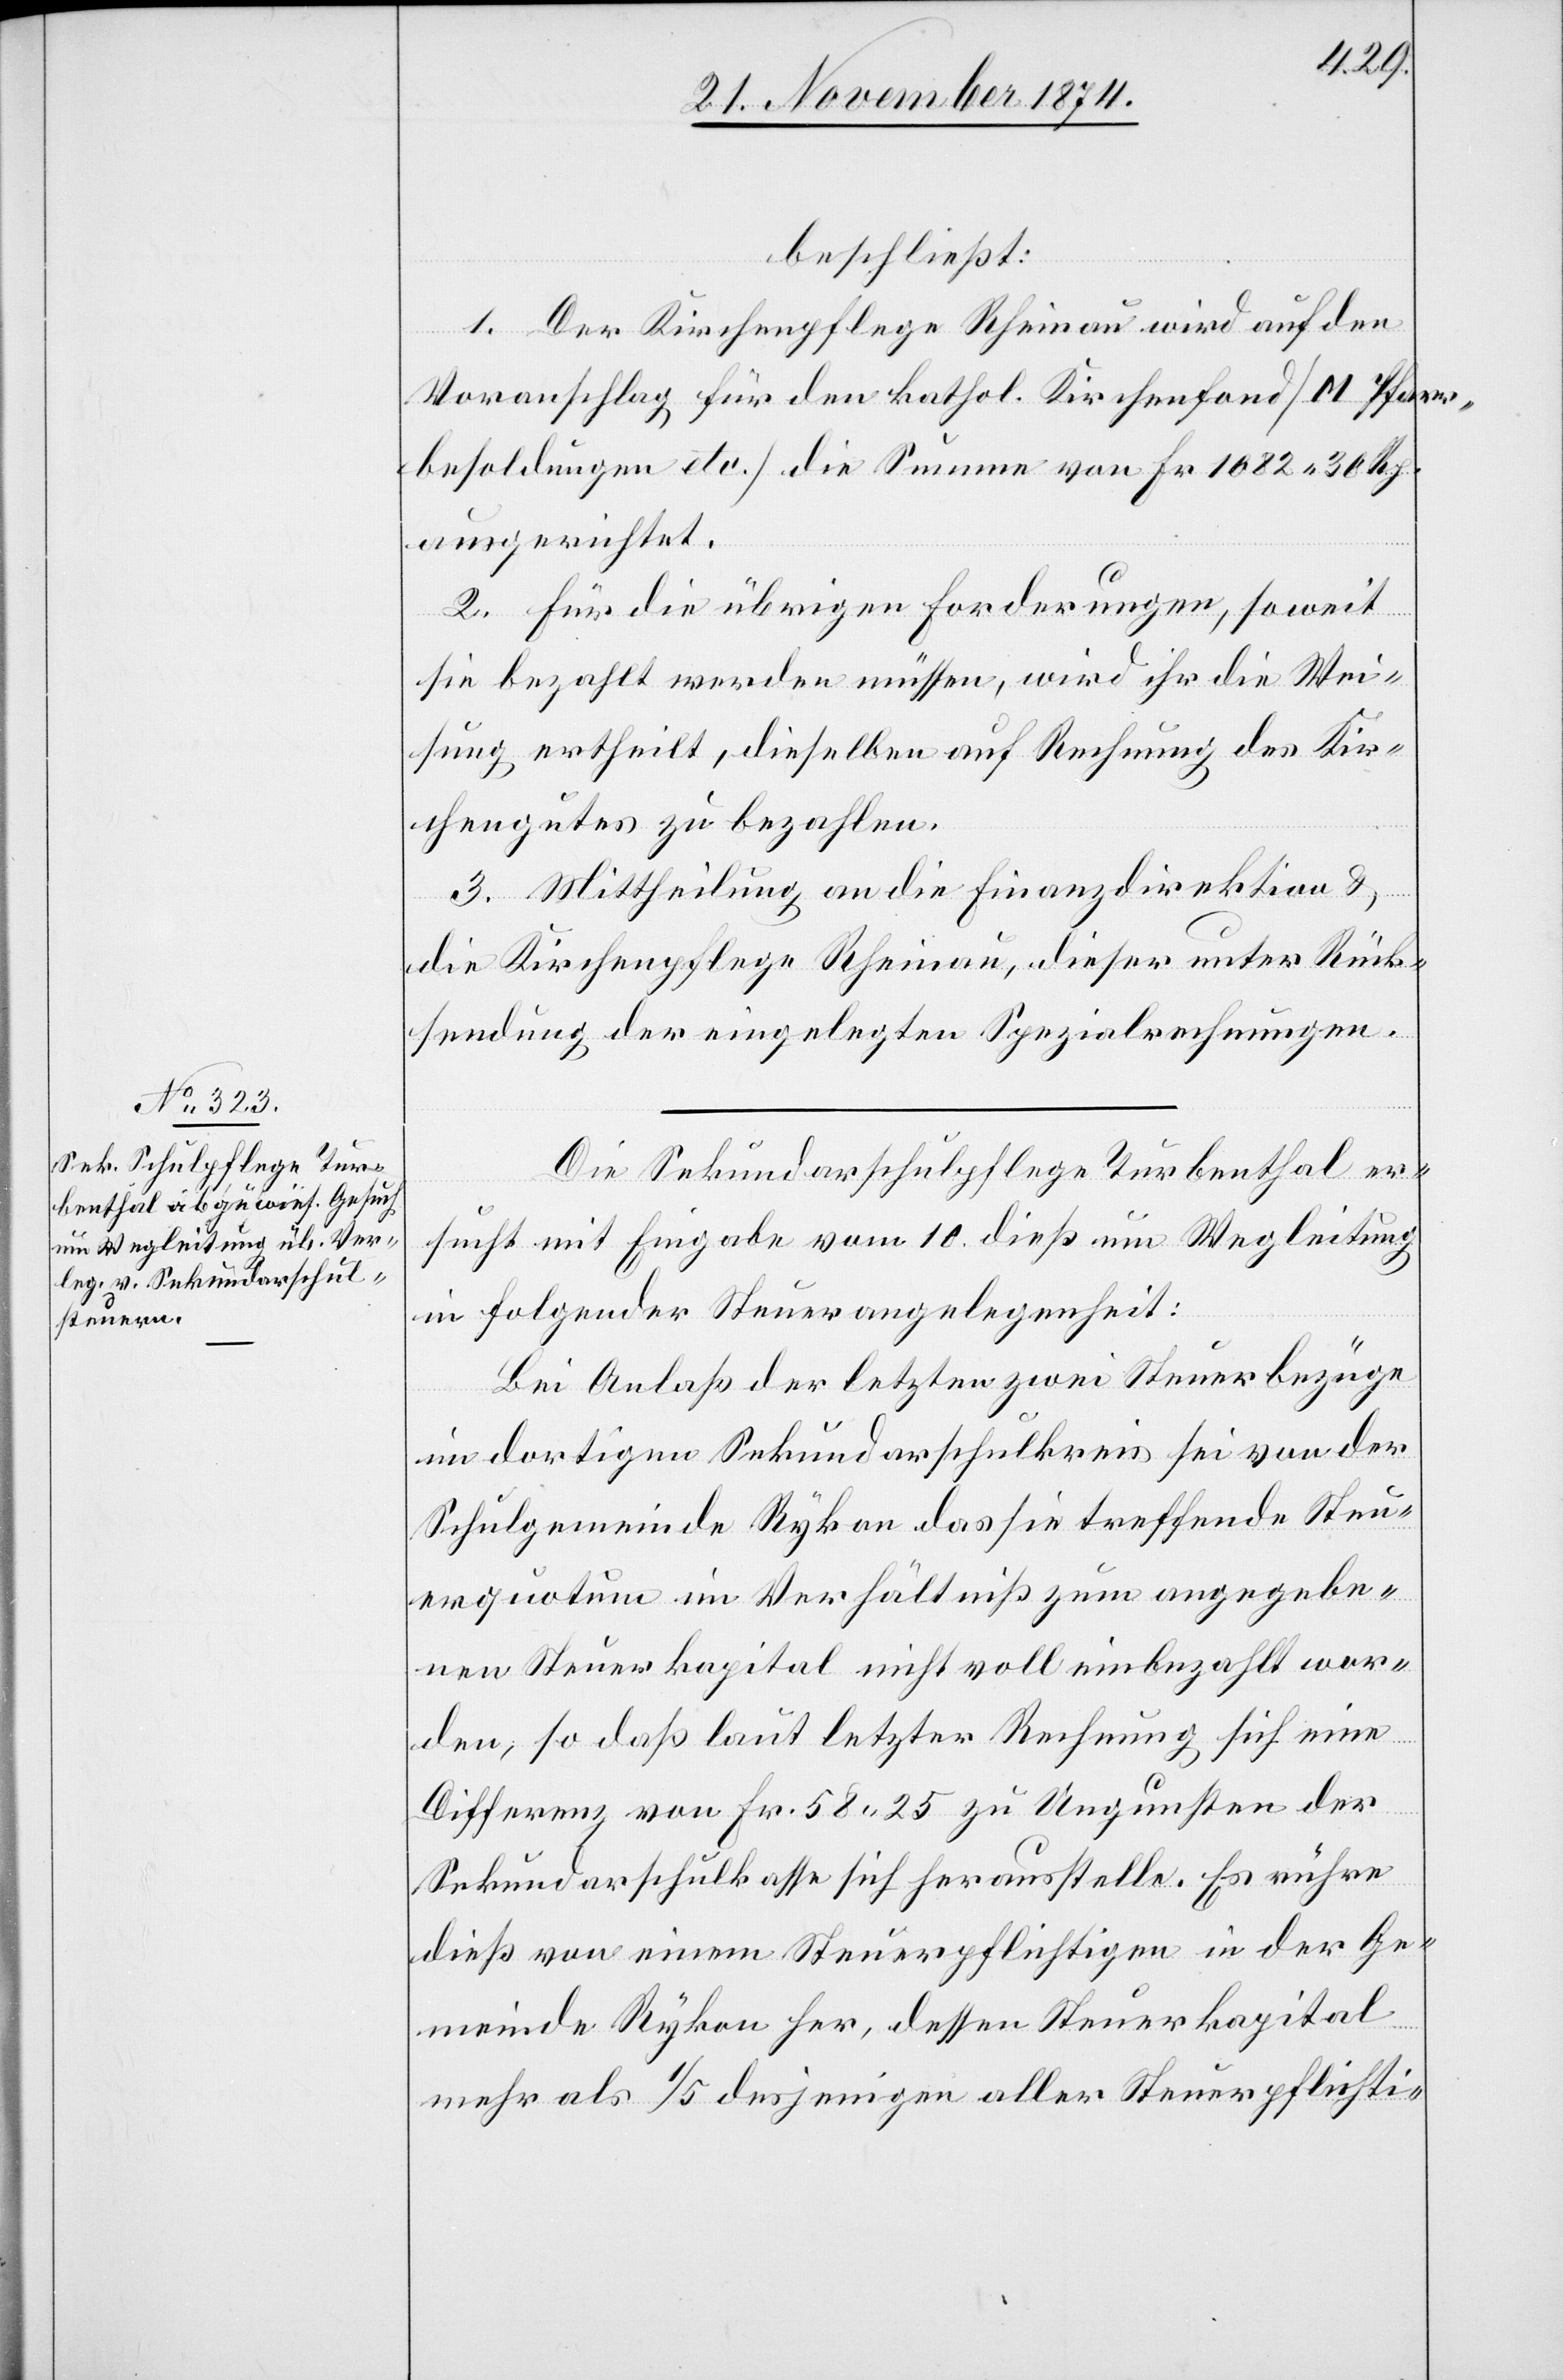
beschließt:
1. Der Kirchenpfleger Rheinau wird auf den
Voranschlag für den kathol. Kirchenfond [M Pfarr¬
besoldungen etc.] die Summe von Fr. 1082. 30 Rp.
ausgerichtet.
2. Für die übrigen Forderungen, soweit
sie bezahlt werden müssen, wird ihr die Wei¬
sung ertheilt, dieselben auf Rechnung des Kir¬
chengutes zu bezahlen.
3. Mittheilung an die Finanzdirektion &
die Kirchenpflege Rheinau, dieser unter Rück¬
sendung der eingelegten Spezialrechnungen.
Die Sekundarschulpflege Turbenthal er¬
sucht mit Eingabe vom 10. dieß um Wegleitung
in folgender Steuerangelegenheit:
Bei Anlaß der letzten zwei Steuerbezüge
im dortigen Sekundarschulkreis sei von der
Schulgemeinde Rykon das sie treffende Steu¬
erquotum im Verhältniß zum angegebe¬
nen Steuerkapital nicht voll einbezahlt wor¬
den, so daß laut letzter Rechnung sich eine
Differenz von Fr. 58.25 zu Ungunsten der
Sekundarschulkasse sich herausstelle. Es rühre
dieß von einem Steuerpflichtigen in der Ge¬
meinde Rykon her, dessen Steuerkapital
mehr als 1/5 desjenigen aller Steuerpflichti-